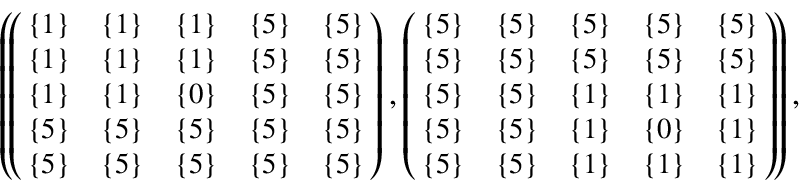
\begin{array} { r } { \small { \left( \! \left( \! \! \begin{array} { c c c c c } { \{ 1 \} } & { \{ 1 \} } & { \{ 1 \} } & { \{ 5 \} } & { \{ 5 \} } \\ { \{ 1 \} } & { \{ 1 \} } & { \{ 1 \} } & { \{ 5 \} } & { \{ 5 \} } \\ { \{ 1 \} } & { \{ 1 \} } & { \{ 0 \} } & { \{ 5 \} } & { \{ 5 \} } \\ { \{ 5 \} } & { \{ 5 \} } & { \{ 5 \} } & { \{ 5 \} } & { \{ 5 \} } \\ { \{ 5 \} } & { \{ 5 \} } & { \{ 5 \} } & { \{ 5 \} } & { \{ 5 \} } \end{array} \! \! \right) , \left( \! \! \begin{array} { c c c c c } { \{ 5 \} } & { \{ 5 \} } & { \{ 5 \} } & { \{ 5 \} } & { \{ 5 \} } \\ { \{ 5 \} } & { \{ 5 \} } & { \{ 5 \} } & { \{ 5 \} } & { \{ 5 \} } \\ { \{ 5 \} } & { \{ 5 \} } & { \{ 1 \} } & { \{ 1 \} } & { \{ 1 \} } \\ { \{ 5 \} } & { \{ 5 \} } & { \{ 1 \} } & { \{ 0 \} } & { \{ 1 \} } \\ { \{ 5 \} } & { \{ 5 \} } & { \{ 1 \} } & { \{ 1 \} } & { \{ 1 \} } \end{array} \! \! \right) \! \right) , } } \end{array}